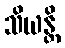
သိယန္တိ